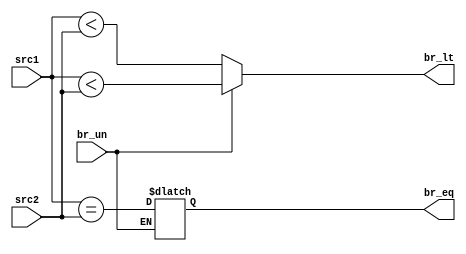
module branch_comp #(parameter width = 32)(

input signed [width-1:0]src1,
input signed [width-1:0]src2,
input br_un,  //branch unsigned
output reg br_lt,
output reg br_eq
);

always @(*)
	begin
		if(br_un)
			br_lt = ($unsigned(src1) < $unsigned(src2));
		else
			begin
				br_eq = (src1 == src2);
				br_lt = (src1 < src2);
			end
	end

endmodule